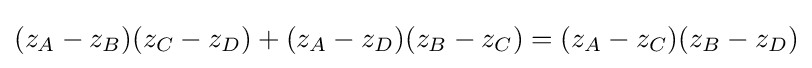
(z_{A}-z_{B})(z_{C}-z_{D})+(z_{A}-z_{D})(z_{B}-z_{C})=(z_{A}-z_{C})(z_{B}-z_{D})